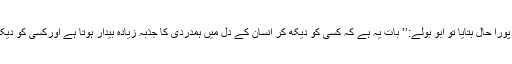
‘‘ناہید نے اس فقیر کا پورا حال بتایا تو ابو بولے:’’ بات یہ ہے کہ کسی کو دیکھ کر انسان کے دل میں ہمدردی کا جذبہ زیادہ بیدار ہوتا ہے اورکسی کو دیکھ کر کم یا بالکل نہیں۔